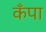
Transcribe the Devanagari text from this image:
कँपा